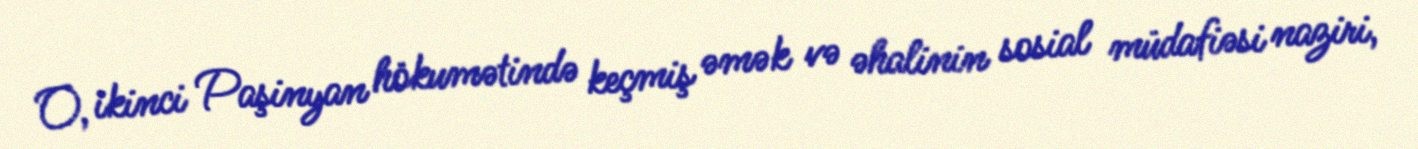
O, ikinci Paşinyan hökumətində keçmiş əmək və əhalinin sosial müdafiəsi naziri,